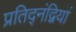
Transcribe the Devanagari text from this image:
प्रतिद्नंद्वियों